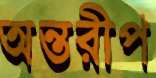
অন্তরীপ